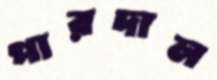
পারদাল